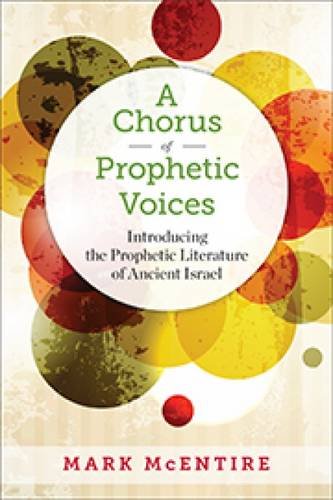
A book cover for A Chorus of Prophetic Voices: Introducing the Prophetic Literature of Ancient Israel; Mark McEntire; Christian Books & Bibles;